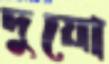
দুয়ো